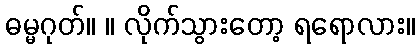
ဓမ္မဂုတ်။ ။ လိုက်သွားတော့ ရရောလား။